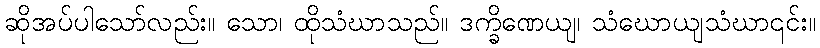
ဆိုအပ်ပါသော်လည်း။ သော၊ ထိုသံဃာသည်။ ဒက္ခိဏေယျ၊ သံဃောယျသံဃာ၎င်း။